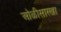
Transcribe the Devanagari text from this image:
ओळीसारखा